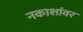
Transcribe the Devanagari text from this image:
नकाशांवर